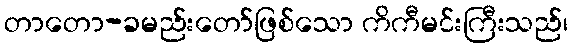
တာတော-ခမည်းတော်ဖြစ်သော ကိကီမင်းကြီးသည်၊